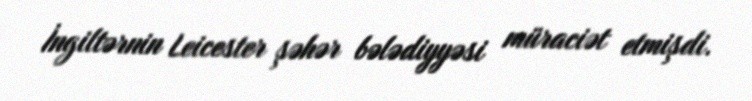
İngiltərnin Leicester şəhər bələdiyyəsi müraciət etmişdi.